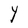
Character: Y